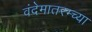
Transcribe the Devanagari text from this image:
वंदेमातरम्च्या